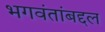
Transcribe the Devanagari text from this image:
भगवंतांबद्दल